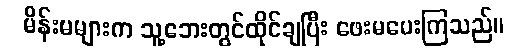
မိန်းမများက သူ့ဘေးတွင်ထိုင်ချပြီး ဖေးမပေးကြသည်။